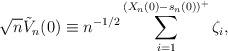
LaTeX: \begin{align*} \sqrt{n} \tilde{V}_n (0) \equiv n^{-1/2} \sum_{i = 1}^{(X_n (0) -s_n (0))^+} \zeta_i,\end{align*}